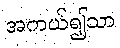
အကယ်၍သာ